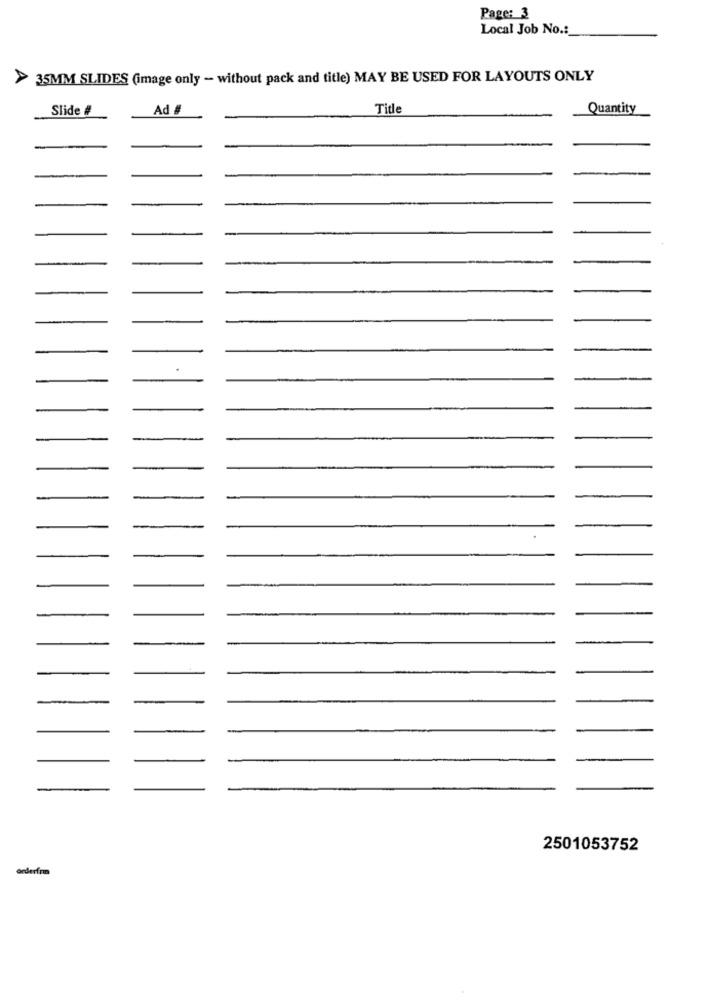
Page: 3
Local Job No .:
> 35MM SLIDES (image only - without pack and title) MAY BE USED FOR LAYOUTS ONLY
Slide #
Ad #
Title
Quantity
-
2501053752
orderfrm